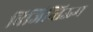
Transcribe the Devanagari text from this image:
बिजिन्तिऊम